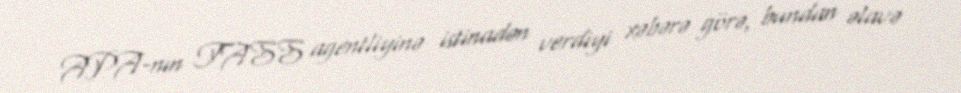
APA-nın TASS agentliyinə istinadən verdiyi xəbərə görə, bundan əlavə